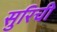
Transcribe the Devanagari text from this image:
सुरिची